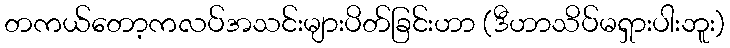
တကယ်တော့ကလပ်အသင်းများပိတ်ခြင်းဟာ (ဒီဟာသိပ်မရှားပါးဘူး)